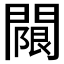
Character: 𨵬